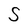
Character: S